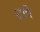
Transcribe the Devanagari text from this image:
टापे